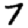
Digit: 7